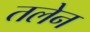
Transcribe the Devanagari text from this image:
तलेन